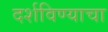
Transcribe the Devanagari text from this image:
दर्शविण्याचा